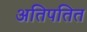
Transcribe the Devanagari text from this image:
अतिपतित